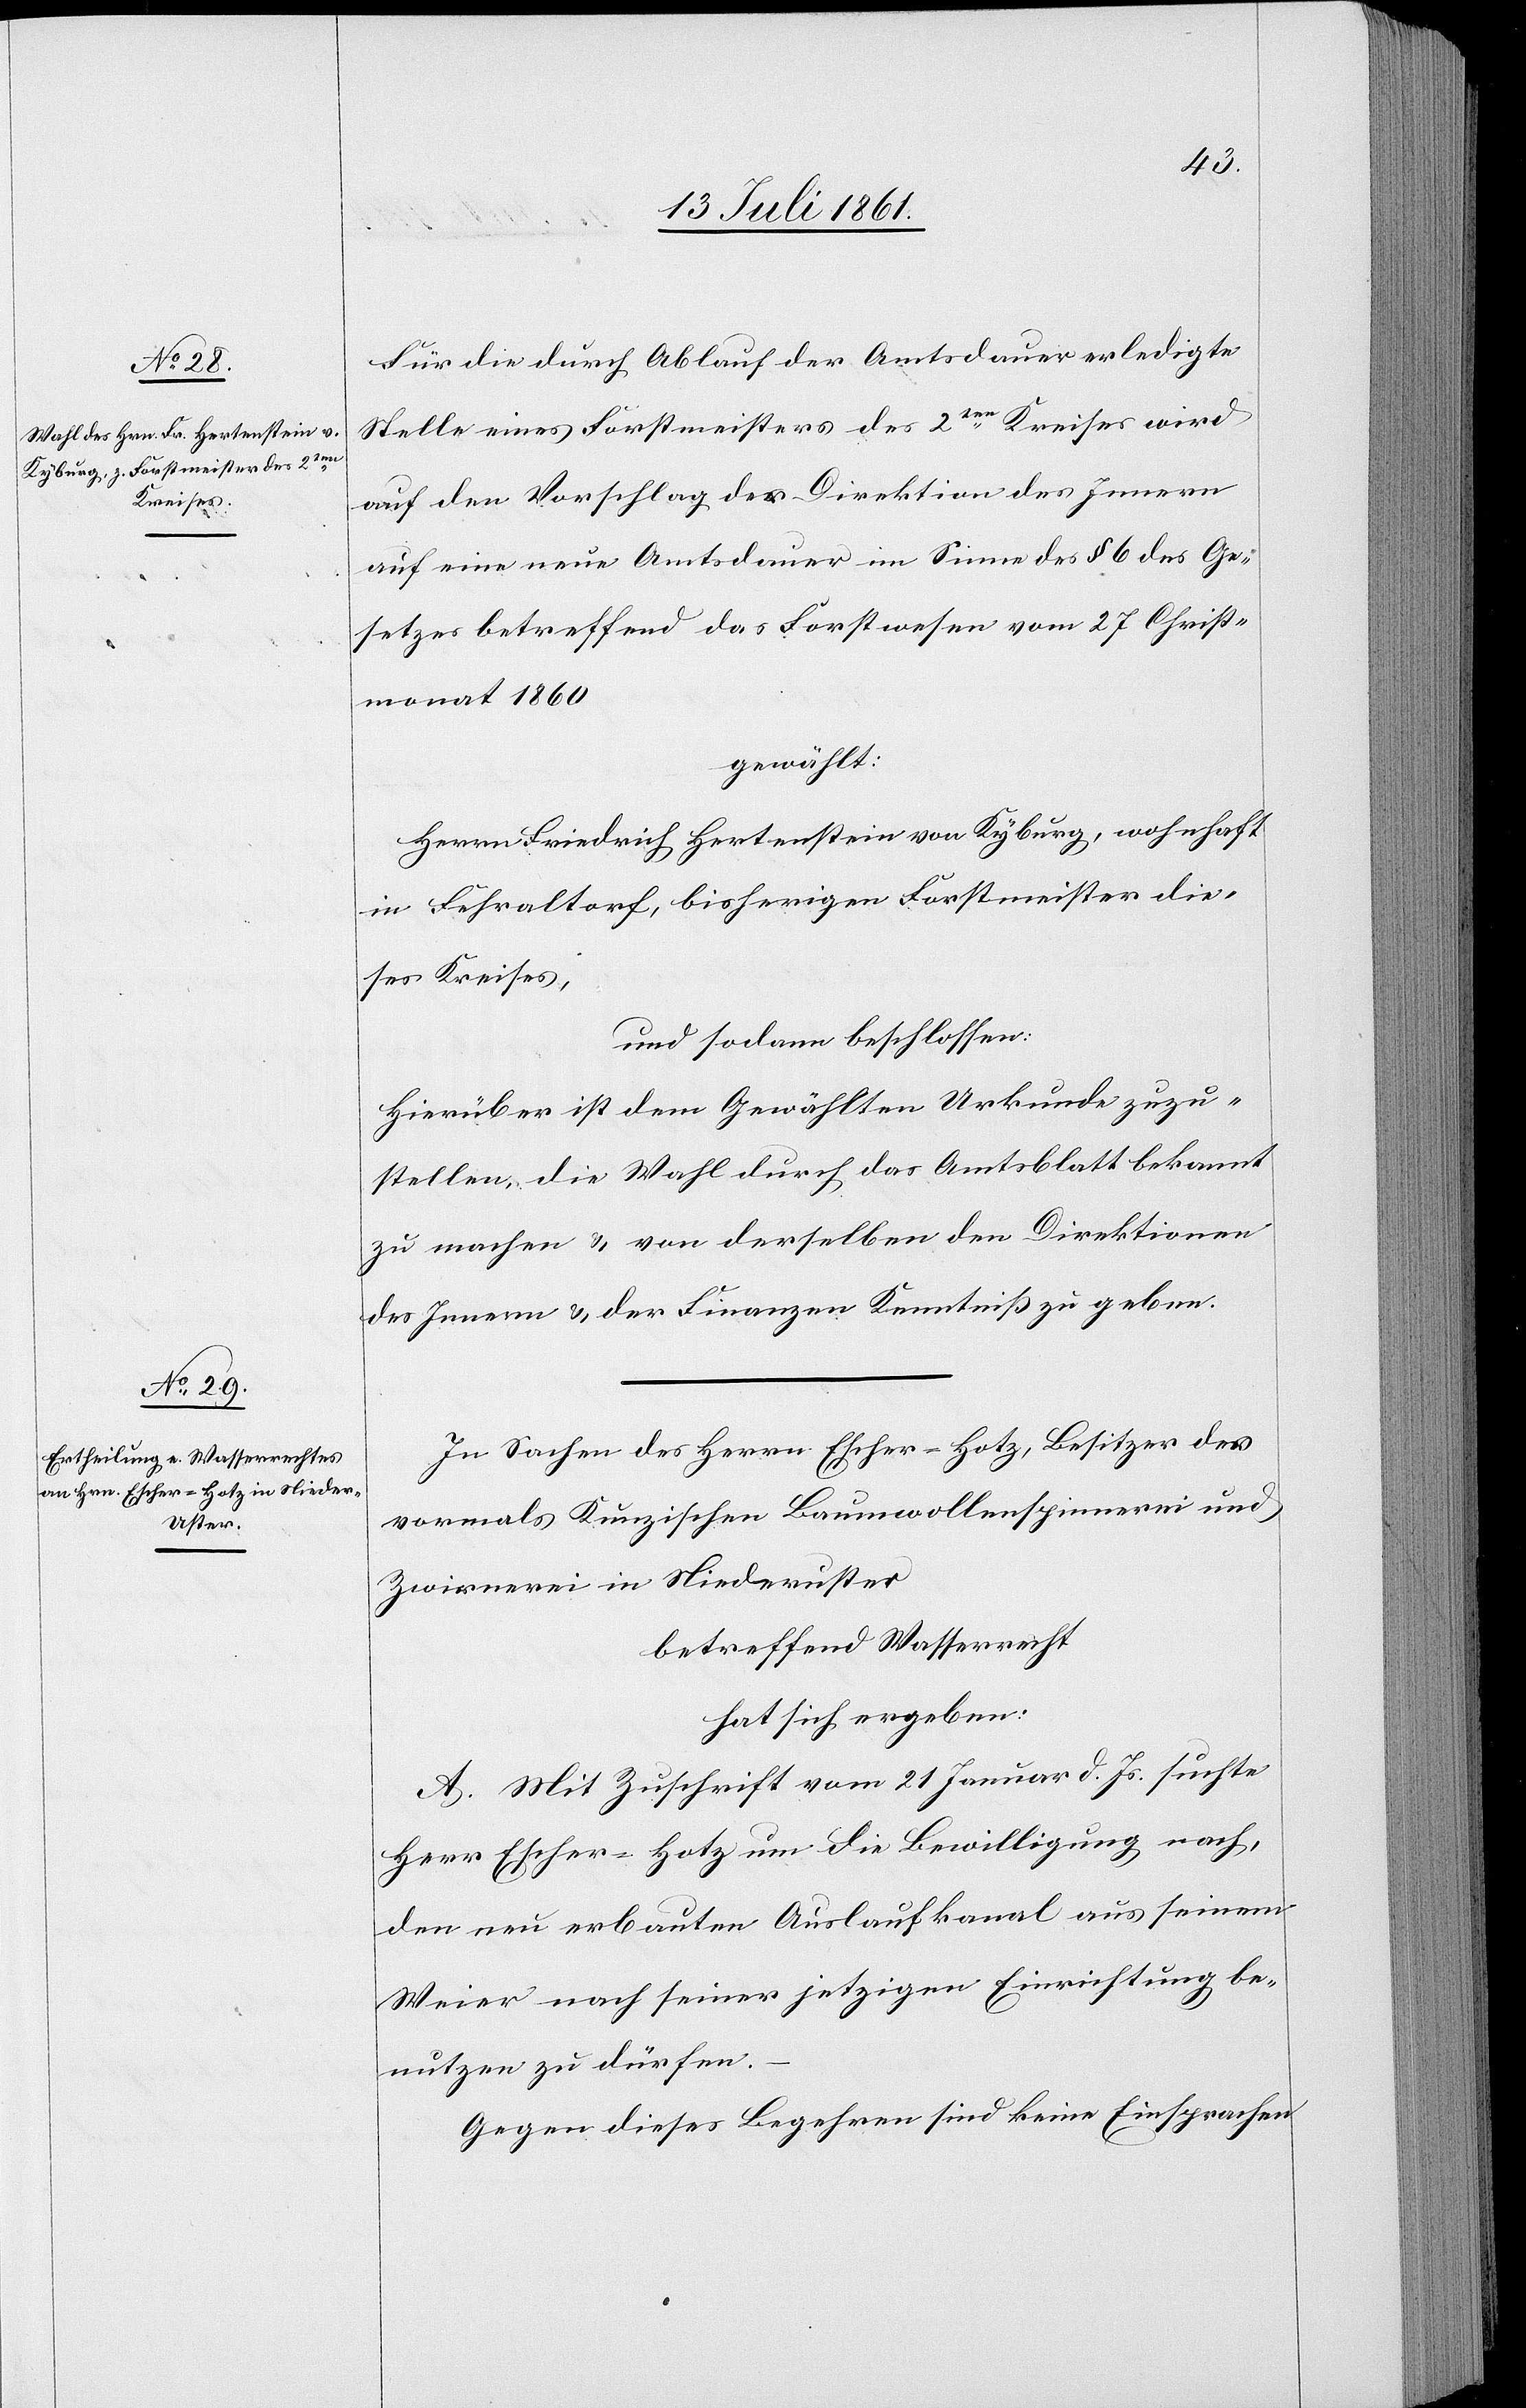
Für den durch Ablauf der Amtsdauer erledigte
Stelle eines Forstmeisters der 2ten Kreises wird
auf den Vorschlag der Direktion des Innern
auf eine Amtsdauer im Sinne des § 6 des Ge¬
setzes betreffend das Forstwesen vom 27 Christ¬
monat 1860
gewählt:
Herrn Friedrich Hertenstein von Kyburg, wohnhaft
in Fehraltorf, bisherigen Forstmeister die¬
ses Kreises,
und sodann beschlossen:
Hierüber ist dem Gewählten Urkunde zuzu¬
stellen, die Wahl durch das Amtsblatt bekannt
des Innern u. der Finanzen Kenntniß zu geben.